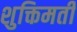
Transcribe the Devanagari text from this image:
शुक्तिमती